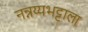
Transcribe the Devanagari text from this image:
नन्नय्यभट्टाला